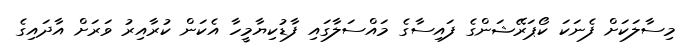
މިސާލަކަށް ފެނަކަ ކޯޕަރޭޝަންގެ ފައިސާގެ މައްސަލާގައި ފާޑުކިޔާމީހާ އެކަން ކުރާއިރު ވަރަށް އާދައިގެ